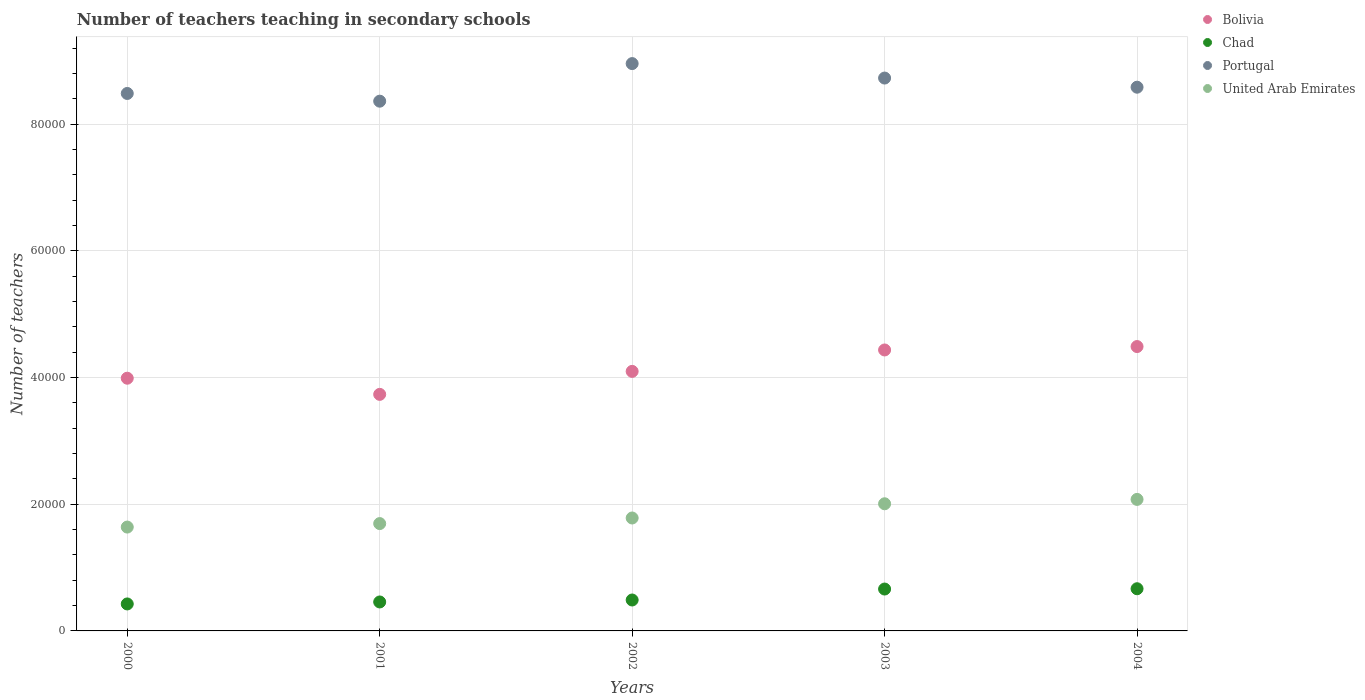
| Years | Bolivia | Chad | Portugal | United Arab Emirates |
 | --- | --- | --- | --- | --- |
 | 2000 | 3.99e+04 | 4.26e+03 | 8.49e+04 | 1.64e+04 |
 | 2001 | 3.74e+04 | 4.57e+03 | 8.37e+04 | 1.7e+04 |
 | 2002 | 4.1e+04 | 4.88e+03 | 8.96e+04 | 1.78e+04 |
 | 2003 | 4.44e+04 | 6.61e+03 | 8.73e+04 | 2.01e+04 |
 | 2004 | 4.49e+04 | 6.66e+03 | 8.59e+04 | 2.08e+04 |